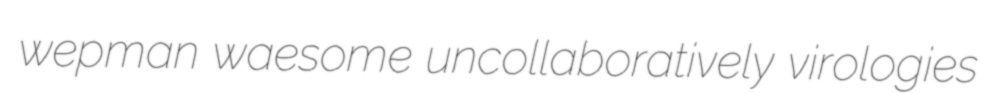
wepman waesome uncollaboratively virologies